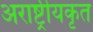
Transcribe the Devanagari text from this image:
अराष्ट्रीयकृत